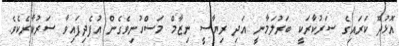
އޮޅުދޫ ކަރައިގެ ސަރުކާރަކީ ބަރުލަމާނީ އަދި ރިޔާސީ ނިޒާމް މަސްހުނިވެގެން އުފެދިފައިވާ ސަރުކާރެކެވެ.